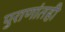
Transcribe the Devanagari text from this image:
पुराणांतही